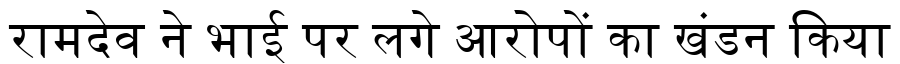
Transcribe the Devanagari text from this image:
रामदेव ने भाई पर लगे आरोपों का खंडन किया